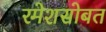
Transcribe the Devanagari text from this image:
रमेशसोबत